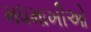
મધમાખીઓ